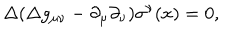
\Delta ( \Delta g _ { \mu \nu } - \partial _ { \mu } \partial _ { \nu } ) \sigma ^ { \nu } ( x ) = 0 ,